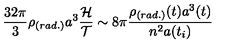
\frac { 3 2 \pi } { 3 } \rho _ { ( r a d . ) } a ^ { 3 } \frac { { \cal H } } { { \cal T } } \sim 8 \pi \frac { \rho _ { ( r a d . ) } ( t ) a ^ { 3 } ( t ) } { n ^ { 2 } a ( t _ { i } ) }